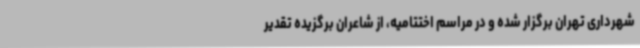
شهرداری تهران برگزار شده و در مراسم اختتامیه، از شاعران برگزیده تقدیر